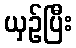
ယှဉ်ပြီး